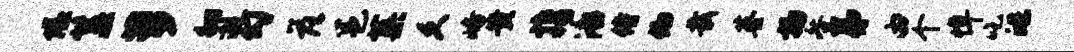
隘簋萝徊邂勾落邕蕖久峪黄携潘侍偏栽基扬咎弟由个悼吃皓